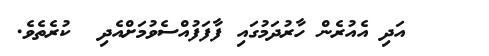
١٨    އަދި އެއުރެން ހާރުދަމުގައި ފާފަފުއްސެވުމަށްއެދި  ކުރެތެވެ.